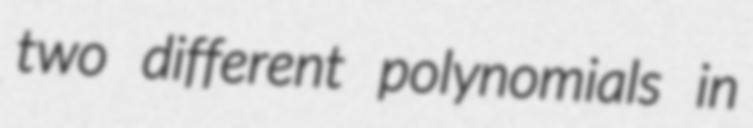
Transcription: two different polynomials in